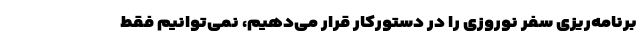
برنامه‌ریزی سفر نوروزی را در دستورکار قرار می‌دهیم، نمی‌توانیم فقط